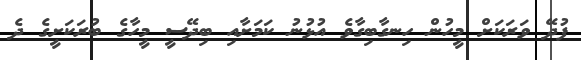
ފުދޭ ވަރަކަށް މީހުން ހިނގާބިގާވެ އުޅުނު ކަމަށާއި ބިދޭސީ މީހާގެ ބުރަކަށީގެ ދެ